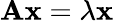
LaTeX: \mathbf{A}\mathbf{x}=\lambda\mathbf{x}